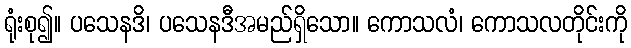
ရုံးစု၍။ ပသေနဒိ၊ ပသေနဒီအမည်ရှိသော။ ကောသလံ၊ ကောသလတိုင်းကို